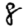
Digit: 8